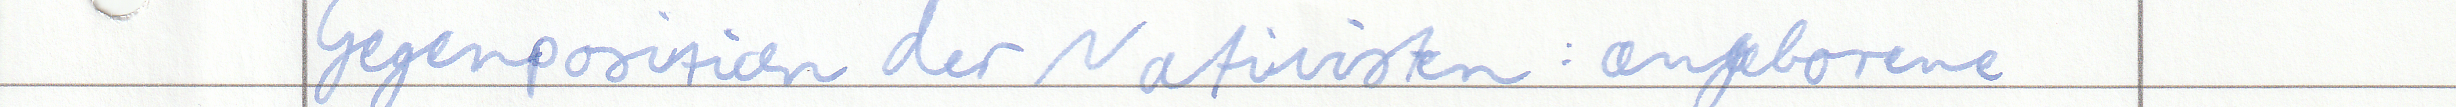
Gegenposition der Nativisten : angeborene